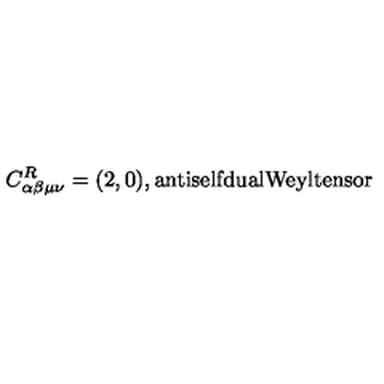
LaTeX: C _ { \alpha \beta \mu \nu } ^ { R } = ( 2 , 0 ) , \mathrm { a n t i s e l f d u a l W e y l t e n s o r }